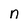
Character: n